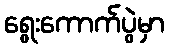
ရွေးကောက်ပွဲမှာ